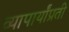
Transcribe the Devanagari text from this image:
व्यापार्यांप्रती